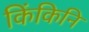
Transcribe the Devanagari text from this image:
किंकिनि